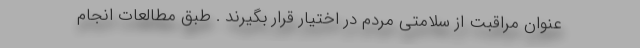
عنوان مراقبت از سلامتی مردم در اختیار قرار بگیرند . طبق مطالعات انجام